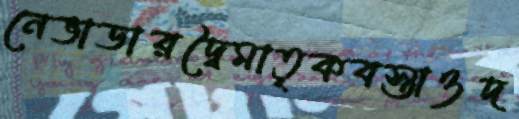
নেভাডারদ্বৈমাতৃকবস্তাওদ